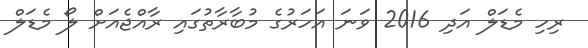
ރިހި މެޑަލް އަދި 2016 ވަނަ އަހަރުގެ މުބާރާތުގައި ރާއްޖެއަށް ލޯ މެޑަލް